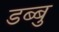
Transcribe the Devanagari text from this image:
डब्बु